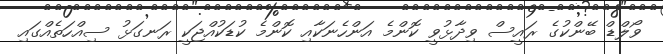
ވޯލްޑް ބޭންކުގެ ރައީސް ވިދާޅުވީ ކޮންމެ އަންހެނަކާއި ކޮންމެ ކުޑަކުއްޖަކީ ރަނގަޅު ސިއްހަތެއްގައި